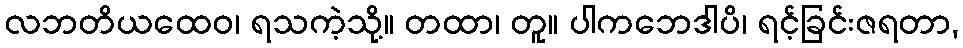
လဘတိယထေဝ၊ ရသကဲ့သို့။ တထာ၊ တူ။ ပါကဘေဒါပိ၊ ရင့်ခြင်းဇရတာ,